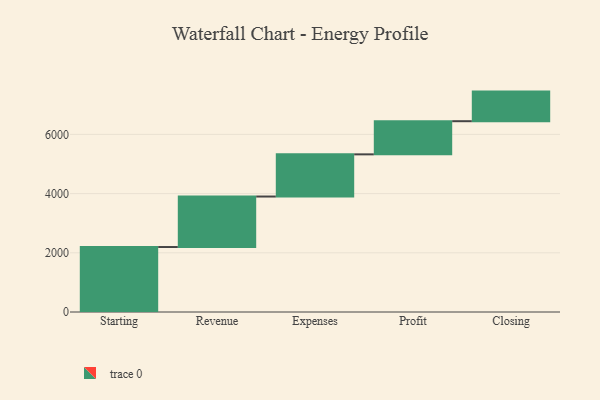
{"axis": {"x": "Step", "y": "Value"}, "legend": [""], "data": [{"x": "Starting", "y": 2195.0, "type": ""}, {"x": "Revenue", "y": 1706.0, "type": ""}, {"x": "Expenses", "y": 1425.0, "type": ""}, {"x": "Profit", "y": 1120.0, "type": ""}, {"x": "Closing", "y": 1000, "type": ""}]}